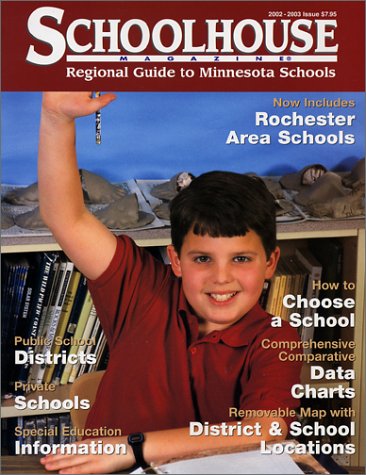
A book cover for Schoolhouse Magazine Regional Guide to Minnesota Schools; Beth Maulik; Test Preparation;